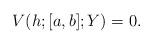
LaTeX: \begin{align*}V(h;[a,b];Y)=0.\end{align*}